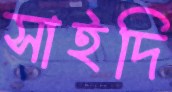
সাইদি